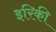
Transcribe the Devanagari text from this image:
इरिकी